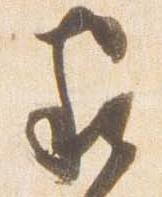
家